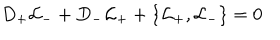
D _ { + } { \cal L } _ { - } + D _ { - } { \cal L } _ { + } + \{ { \cal L } _ { + } , { \cal L } _ { - } \} = 0